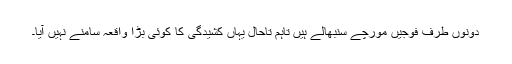
دونوں طرف فوجیں مورچے سنبھالے ہیں تاہم تاحال یہاں کشیدگی کا کوئی بڑا واقعہ سامنے نہیں آیا۔